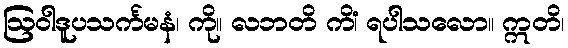
ဩဝါဒူပသင်္ကမနံ၊ ကို။ လဘတိ ကိံ၊ ရပါသလော။ ဣတိ၊